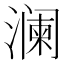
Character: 澜